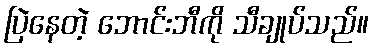
ပြဲနေတဲ့ ဘောင်းဘီကို သီချုပ်သည်။